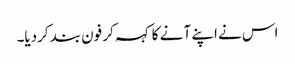
اس نے اپنے آ نے کا کہہ کر فون بند کردیا۔